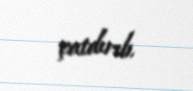
çatdırıb.